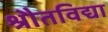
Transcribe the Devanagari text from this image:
श्रौतविद्या